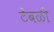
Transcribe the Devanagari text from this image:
टेंबळी